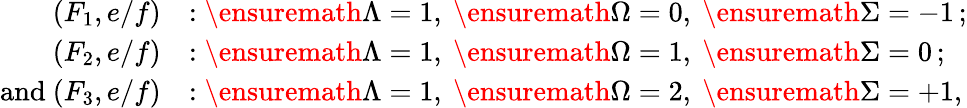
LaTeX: \begin{array}{rl}{(F_{1},e/f)}&{:\ensuremath{\Lambda}=1,\ \ensuremath{\Omega}=0,\ \ensuremath{\Sigma}=-1\, ;}\\ {(F_{2},e/f)}&{:\ensuremath{\Lambda}=1,\ \ensuremath{\Omega}=1,\ \ensuremath{\Sigma}=0\, ;}\\ {\mathrm{and~}(F_{3},e/f)}&{:\ensuremath{\Lambda}=1,\ \ensuremath{\Omega}=2,\ \ensuremath{\Sigma}=+1,}\end{array}